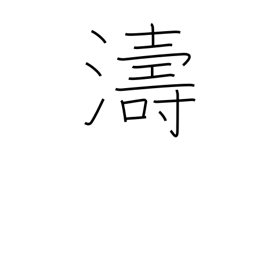
Meaning: waves